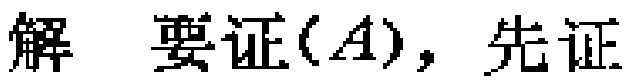
解 要证$(A)，先证